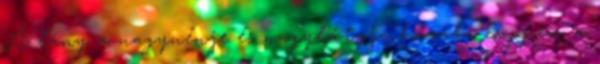
A lány a nagynénje és nagybátyja házába csöppen, a